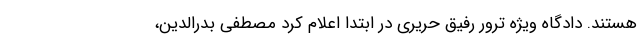
هستند. دادگاه ویژه ترور رفیق حریری در ابتدا اعلام کرد مصطفی بدرالدین،